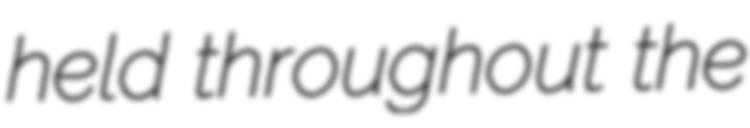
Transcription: held throughout the